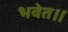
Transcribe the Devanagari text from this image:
भवेत।।